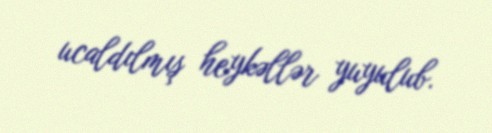
ucaldılmış heykəllər yuyulub.